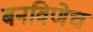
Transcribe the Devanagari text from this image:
बनविणेच